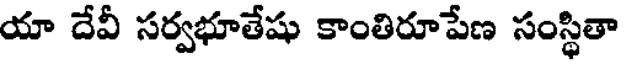
యా దేవీ సర్వభూతేషు కాంతిరూపేణ సంస్థితా